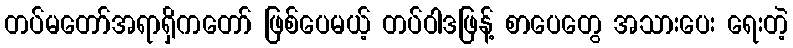
တပ်မတော်အရာရှိကတော် ဖြစ်ပေမယ့် တပ်ဝါဒဖြန့် စာပေတွေ အသားပေး ရေးတဲ့